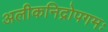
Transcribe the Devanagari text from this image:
अलीकनिद्रोपगमः